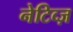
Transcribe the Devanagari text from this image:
नेटिव्ज़